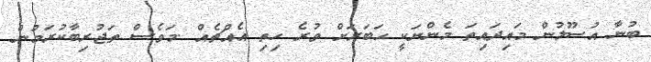
ބުނާ އުސޫލުން މައިދައިތަ މެންނަކީ ޙަބަރަށް ވުރެ ހިތި އެއްޗެއް .މަވެސް ތަޖުރިބާކުރަމުން